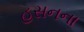
હસનના